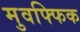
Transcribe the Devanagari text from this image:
मुवफ्फिक